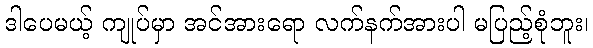
ဒါပေမယ့် ကျုပ်မှာ အင်အားရော လက်နက်အားပါ မပြည့်စုံဘူး၊